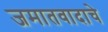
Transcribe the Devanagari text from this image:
जमातवादाचे